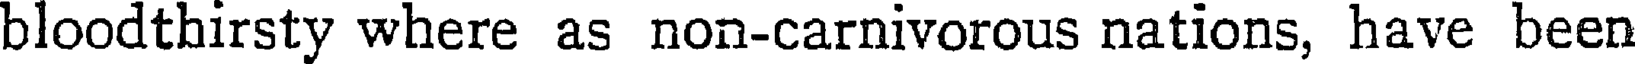
bloodthirsty where as non-carnivorous nations, have been